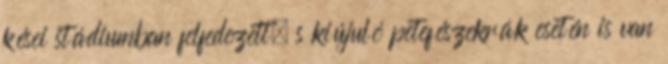
kései stádiumban felfedezett, s kiújuló petefészekrák esetén is van